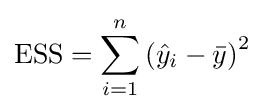
{\text{ESS}}=\sum _{i=1}^{n}\left({\hat {y}}_{i}-{\bar {y}}\right)^{2}